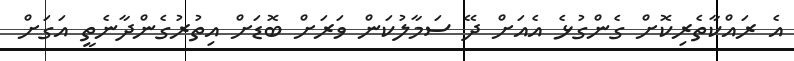
އެ ރައްކާތެރިކޮށް ގެންގުޅެ އެއަށް ދޭ ސަމާލުކަން ވަރަށް ބޮޑަށް އިތުރުގެންދާނެތީ އަގަށް